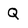
Character: Q